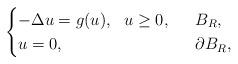
LaTeX: \begin{align*}\begin{cases}-\Delta u=g(u),\ \ u\ge 0,&\ \ B_R,\\ u=0,\ \ &\ \ \partial B_R,\end{cases}\end{align*}